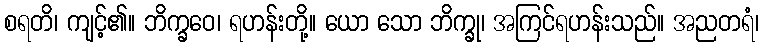
စရတိ၊ ကျင့်၏။ ဘိက္ခဝေ၊ ရဟန်းတို့။ ယော သော ဘိက္ခု၊ အကြင်ရဟန်းသည်။ အညတရံ၊